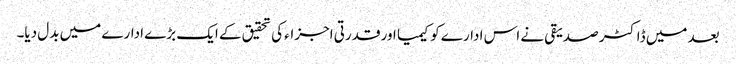
بعد میں ڈاکٹر صدیقی نے اس ادارے کو کیمیا اور قدرتی اجزاء کی تحقیق کے ایک بڑے ادارے میں بدل دیا۔